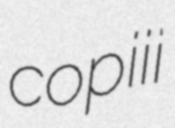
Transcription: copiii